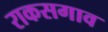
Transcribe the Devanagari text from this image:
राकसगाव